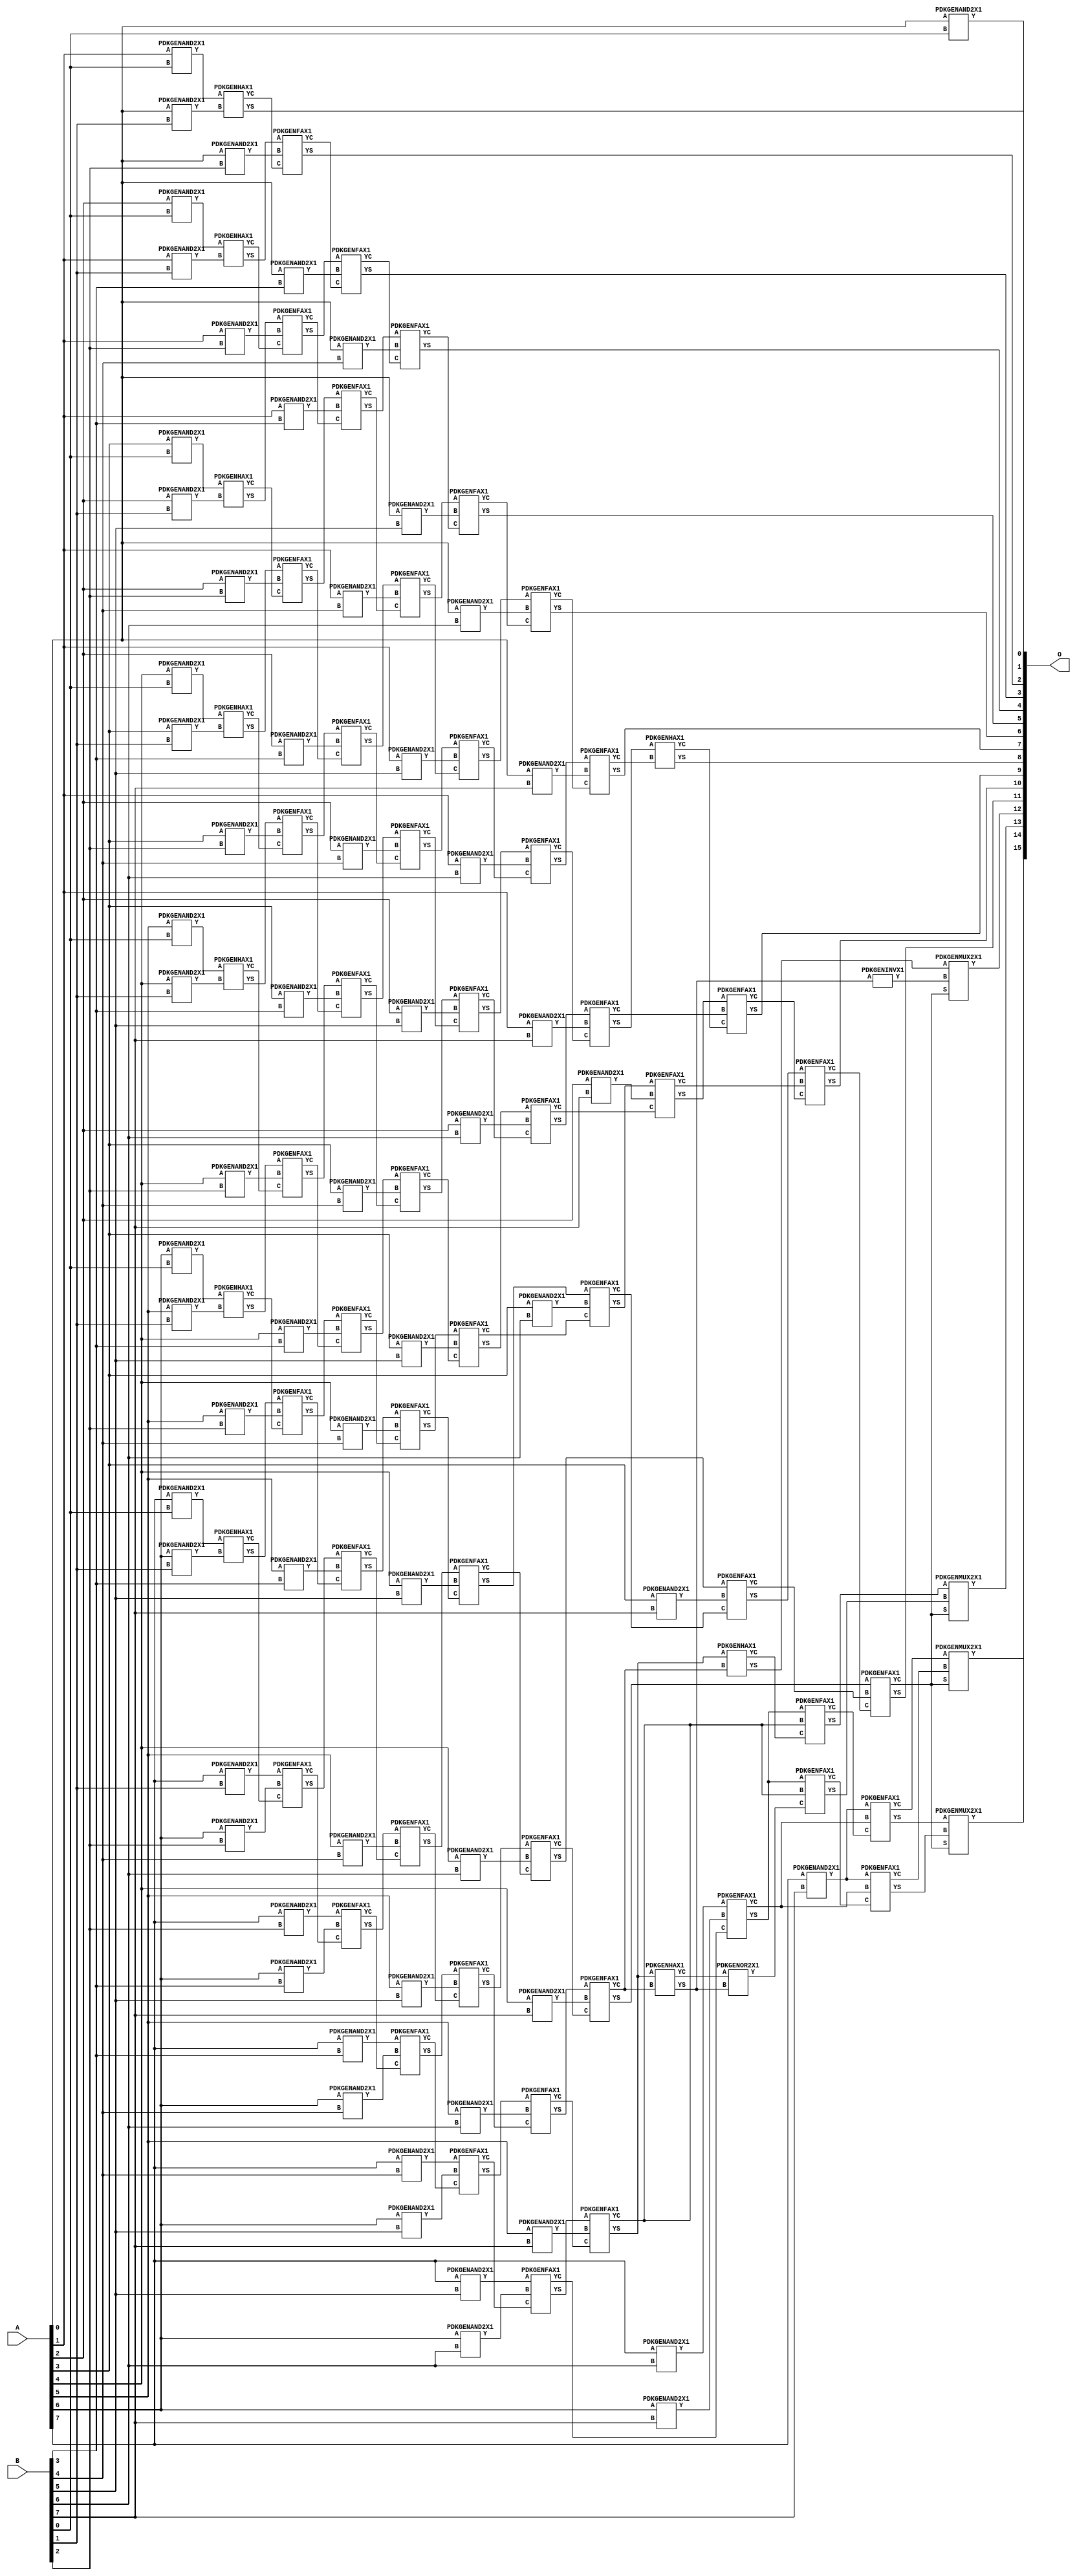
// Library = EvoApprox8b
// Circuit = mul8_CSAM_wt__CSA
// Area   (180) = 8968
// Delay  (180) = 3.280
// Power  (180) = 4746.10
// Area   (45) = 653
// Delay  (45) = 1.210
// Power  (45) = 414.30
// Nodes = 129
// HD = 0
// MAE = 0.00000
// MSE = 0.00000
// MRE = 0.00 %
// WCE = 0
// WCRE = 0 %
// EP = 0.0 %

module mul8_CarrySaveArrayMultiplier_Using_CarrySelectAdder(A, B, O);
  input [7:0] A;
  input [7:0] B;
  output [15:0] O;
  wire [2031:0] N;

  assign N[0] = A[0];
  assign N[1] = A[0];
  assign N[2] = A[1];
  assign N[3] = A[1];
  assign N[4] = A[2];
  assign N[5] = A[2];
  assign N[6] = A[3];
  assign N[7] = A[3];
  assign N[8] = A[4];
  assign N[9] = A[4];
  assign N[10] = A[5];
  assign N[11] = A[5];
  assign N[12] = A[6];
  assign N[13] = A[6];
  assign N[14] = A[7];
  assign N[15] = A[7];
  assign N[16] = B[0];
  assign N[17] = B[0];
  assign N[18] = B[1];
  assign N[19] = B[1];
  assign N[20] = B[2];
  assign N[21] = B[2];
  assign N[22] = B[3];
  assign N[23] = B[3];
  assign N[24] = B[4];
  assign N[25] = B[4];
  assign N[26] = B[5];
  assign N[27] = B[5];
  assign N[28] = B[6];
  assign N[29] = B[6];
  assign N[30] = B[7];
  assign N[31] = B[7];

  PDKGENAND2X1 n32(.A(N[0]), .B(N[16]), .Y(N[32]));
  PDKGENAND2X1 n34(.A(N[2]), .B(N[16]), .Y(N[34]));
  PDKGENAND2X1 n36(.A(N[4]), .B(N[16]), .Y(N[36]));
  PDKGENAND2X1 n38(.A(N[6]), .B(N[16]), .Y(N[38]));
  PDKGENAND2X1 n40(.A(N[8]), .B(N[16]), .Y(N[40]));
  PDKGENAND2X1 n42(.A(N[10]), .B(N[16]), .Y(N[42]));
  PDKGENAND2X1 n44(.A(N[12]), .B(N[16]), .Y(N[44]));
  PDKGENAND2X1 n46(.A(N[14]), .B(N[16]), .Y(N[46]));
  PDKGENAND2X1 n48(.A(N[0]), .B(N[18]), .Y(N[48]));
  PDKGENAND2X1 n50(.A(N[2]), .B(N[18]), .Y(N[50]));
  PDKGENAND2X1 n52(.A(N[4]), .B(N[18]), .Y(N[52]));
  PDKGENAND2X1 n54(.A(N[6]), .B(N[18]), .Y(N[54]));
  PDKGENAND2X1 n56(.A(N[8]), .B(N[18]), .Y(N[56]));
  PDKGENAND2X1 n58(.A(N[10]), .B(N[18]), .Y(N[58]));
  PDKGENAND2X1 n60(.A(N[12]), .B(N[18]), .Y(N[60]));
  PDKGENAND2X1 n62(.A(N[14]), .B(N[18]), .Y(N[62]));
  PDKGENHAX1 n64(.A(N[34]), .B(N[48]), .YS(N[64]), .YC(N[65]));
  PDKGENHAX1 n66(.A(N[36]), .B(N[50]), .YS(N[66]), .YC(N[67]));
  PDKGENHAX1 n68(.A(N[38]), .B(N[52]), .YS(N[68]), .YC(N[69]));
  PDKGENHAX1 n70(.A(N[40]), .B(N[54]), .YS(N[70]), .YC(N[71]));
  PDKGENHAX1 n72(.A(N[42]), .B(N[56]), .YS(N[72]), .YC(N[73]));
  PDKGENHAX1 n74(.A(N[44]), .B(N[58]), .YS(N[74]), .YC(N[75]));
  PDKGENHAX1 n76(.A(N[46]), .B(N[60]), .YS(N[76]), .YC(N[77]));
  PDKGENAND2X1 n78(.A(N[0]), .B(N[20]), .Y(N[78]));
  PDKGENAND2X1 n80(.A(N[2]), .B(N[20]), .Y(N[80]));
  PDKGENAND2X1 n82(.A(N[4]), .B(N[20]), .Y(N[82]));
  PDKGENAND2X1 n84(.A(N[6]), .B(N[20]), .Y(N[84]));
  PDKGENAND2X1 n86(.A(N[8]), .B(N[20]), .Y(N[86]));
  PDKGENAND2X1 n88(.A(N[10]), .B(N[20]), .Y(N[88]));
  PDKGENAND2X1 n90(.A(N[12]), .B(N[20]), .Y(N[90]));
  PDKGENAND2X1 n92(.A(N[14]), .B(N[20]), .Y(N[92]));
  PDKGENFAX1 n94(.A(N[66]), .B(N[78]), .C(N[65]), .YS(N[94]), .YC(N[95]));
  PDKGENFAX1 n96(.A(N[68]), .B(N[80]), .C(N[67]), .YS(N[96]), .YC(N[97]));
  PDKGENFAX1 n98(.A(N[70]), .B(N[82]), .C(N[69]), .YS(N[98]), .YC(N[99]));
  PDKGENFAX1 n100(.A(N[72]), .B(N[84]), .C(N[71]), .YS(N[100]), .YC(N[101]));
  PDKGENFAX1 n102(.A(N[74]), .B(N[86]), .C(N[73]), .YS(N[102]), .YC(N[103]));
  PDKGENFAX1 n104(.A(N[76]), .B(N[88]), .C(N[75]), .YS(N[104]), .YC(N[105]));
  PDKGENFAX1 n106(.A(N[62]), .B(N[90]), .C(N[77]), .YS(N[106]), .YC(N[107]));
  PDKGENAND2X1 n108(.A(N[0]), .B(N[22]), .Y(N[108]));
  PDKGENAND2X1 n110(.A(N[2]), .B(N[22]), .Y(N[110]));
  PDKGENAND2X1 n112(.A(N[4]), .B(N[22]), .Y(N[112]));
  PDKGENAND2X1 n114(.A(N[6]), .B(N[22]), .Y(N[114]));
  PDKGENAND2X1 n116(.A(N[8]), .B(N[22]), .Y(N[116]));
  PDKGENAND2X1 n118(.A(N[10]), .B(N[22]), .Y(N[118]));
  PDKGENAND2X1 n120(.A(N[12]), .B(N[22]), .Y(N[120]));
  PDKGENAND2X1 n122(.A(N[14]), .B(N[22]), .Y(N[122]));
  PDKGENFAX1 n124(.A(N[96]), .B(N[108]), .C(N[95]), .YS(N[124]), .YC(N[125]));
  PDKGENFAX1 n126(.A(N[98]), .B(N[110]), .C(N[97]), .YS(N[126]), .YC(N[127]));
  PDKGENFAX1 n128(.A(N[100]), .B(N[112]), .C(N[99]), .YS(N[128]), .YC(N[129]));
  PDKGENFAX1 n130(.A(N[102]), .B(N[114]), .C(N[101]), .YS(N[130]), .YC(N[131]));
  PDKGENFAX1 n132(.A(N[104]), .B(N[116]), .C(N[103]), .YS(N[132]), .YC(N[133]));
  PDKGENFAX1 n134(.A(N[106]), .B(N[118]), .C(N[105]), .YS(N[134]), .YC(N[135]));
  PDKGENFAX1 n136(.A(N[92]), .B(N[120]), .C(N[107]), .YS(N[136]), .YC(N[137]));
  PDKGENAND2X1 n138(.A(N[0]), .B(N[24]), .Y(N[138]));
  PDKGENAND2X1 n140(.A(N[2]), .B(N[24]), .Y(N[140]));
  PDKGENAND2X1 n142(.A(N[4]), .B(N[24]), .Y(N[142]));
  PDKGENAND2X1 n144(.A(N[6]), .B(N[24]), .Y(N[144]));
  PDKGENAND2X1 n146(.A(N[8]), .B(N[24]), .Y(N[146]));
  PDKGENAND2X1 n148(.A(N[10]), .B(N[24]), .Y(N[148]));
  PDKGENAND2X1 n150(.A(N[12]), .B(N[24]), .Y(N[150]));
  PDKGENAND2X1 n152(.A(N[14]), .B(N[24]), .Y(N[152]));
  PDKGENFAX1 n154(.A(N[126]), .B(N[138]), .C(N[125]), .YS(N[154]), .YC(N[155]));
  PDKGENFAX1 n156(.A(N[128]), .B(N[140]), .C(N[127]), .YS(N[156]), .YC(N[157]));
  PDKGENFAX1 n158(.A(N[130]), .B(N[142]), .C(N[129]), .YS(N[158]), .YC(N[159]));
  PDKGENFAX1 n160(.A(N[132]), .B(N[144]), .C(N[131]), .YS(N[160]), .YC(N[161]));
  PDKGENFAX1 n162(.A(N[134]), .B(N[146]), .C(N[133]), .YS(N[162]), .YC(N[163]));
  PDKGENFAX1 n164(.A(N[136]), .B(N[148]), .C(N[135]), .YS(N[164]), .YC(N[165]));
  PDKGENFAX1 n166(.A(N[122]), .B(N[150]), .C(N[137]), .YS(N[166]), .YC(N[167]));
  PDKGENAND2X1 n168(.A(N[0]), .B(N[26]), .Y(N[168]));
  PDKGENAND2X1 n170(.A(N[2]), .B(N[26]), .Y(N[170]));
  PDKGENAND2X1 n172(.A(N[4]), .B(N[26]), .Y(N[172]));
  PDKGENAND2X1 n174(.A(N[6]), .B(N[26]), .Y(N[174]));
  PDKGENAND2X1 n176(.A(N[8]), .B(N[26]), .Y(N[176]));
  PDKGENAND2X1 n178(.A(N[10]), .B(N[26]), .Y(N[178]));
  PDKGENAND2X1 n180(.A(N[12]), .B(N[26]), .Y(N[180]));
  PDKGENAND2X1 n182(.A(N[14]), .B(N[26]), .Y(N[182]));
  PDKGENFAX1 n184(.A(N[156]), .B(N[168]), .C(N[155]), .YS(N[184]), .YC(N[185]));
  PDKGENFAX1 n186(.A(N[158]), .B(N[170]), .C(N[157]), .YS(N[186]), .YC(N[187]));
  PDKGENFAX1 n188(.A(N[160]), .B(N[172]), .C(N[159]), .YS(N[188]), .YC(N[189]));
  PDKGENFAX1 n190(.A(N[162]), .B(N[174]), .C(N[161]), .YS(N[190]), .YC(N[191]));
  PDKGENFAX1 n192(.A(N[164]), .B(N[176]), .C(N[163]), .YS(N[192]), .YC(N[193]));
  PDKGENFAX1 n194(.A(N[166]), .B(N[178]), .C(N[165]), .YS(N[194]), .YC(N[195]));
  PDKGENFAX1 n196(.A(N[152]), .B(N[180]), .C(N[167]), .YS(N[196]), .YC(N[197]));
  PDKGENAND2X1 n198(.A(N[0]), .B(N[28]), .Y(N[198]));
  PDKGENAND2X1 n200(.A(N[2]), .B(N[28]), .Y(N[200]));
  PDKGENAND2X1 n202(.A(N[4]), .B(N[28]), .Y(N[202]));
  PDKGENAND2X1 n204(.A(N[6]), .B(N[28]), .Y(N[204]));
  PDKGENAND2X1 n206(.A(N[8]), .B(N[28]), .Y(N[206]));
  PDKGENAND2X1 n208(.A(N[10]), .B(N[28]), .Y(N[208]));
  PDKGENAND2X1 n210(.A(N[12]), .B(N[28]), .Y(N[210]));
  PDKGENAND2X1 n212(.A(N[14]), .B(N[28]), .Y(N[212]));
  PDKGENFAX1 n214(.A(N[186]), .B(N[198]), .C(N[185]), .YS(N[214]), .YC(N[215]));
  PDKGENFAX1 n216(.A(N[188]), .B(N[200]), .C(N[187]), .YS(N[216]), .YC(N[217]));
  PDKGENFAX1 n218(.A(N[190]), .B(N[202]), .C(N[189]), .YS(N[218]), .YC(N[219]));
  PDKGENFAX1 n220(.A(N[192]), .B(N[204]), .C(N[191]), .YS(N[220]), .YC(N[221]));
  PDKGENFAX1 n222(.A(N[194]), .B(N[206]), .C(N[193]), .YS(N[222]), .YC(N[223]));
  PDKGENFAX1 n224(.A(N[196]), .B(N[208]), .C(N[195]), .YS(N[224]), .YC(N[225]));
  PDKGENFAX1 n226(.A(N[182]), .B(N[210]), .C(N[197]), .YS(N[226]), .YC(N[227]));
  PDKGENAND2X1 n228(.A(N[0]), .B(N[30]), .Y(N[228]));
  PDKGENAND2X1 n230(.A(N[2]), .B(N[30]), .Y(N[230]));
  PDKGENAND2X1 n232(.A(N[4]), .B(N[30]), .Y(N[232]));
  PDKGENAND2X1 n234(.A(N[6]), .B(N[30]), .Y(N[234]));
  PDKGENAND2X1 n236(.A(N[8]), .B(N[30]), .Y(N[236]));
  PDKGENAND2X1 n238(.A(N[10]), .B(N[30]), .Y(N[238]));
  PDKGENAND2X1 n240(.A(N[12]), .B(N[30]), .Y(N[240]));
  PDKGENAND2X1 n242(.A(N[14]), .B(N[30]), .Y(N[242]));
  PDKGENFAX1 n244(.A(N[216]), .B(N[228]), .C(N[215]), .YS(N[244]), .YC(N[245]));
  PDKGENFAX1 n246(.A(N[218]), .B(N[230]), .C(N[217]), .YS(N[246]), .YC(N[247]));
  PDKGENFAX1 n248(.A(N[220]), .B(N[232]), .C(N[219]), .YS(N[248]), .YC(N[249]));
  PDKGENFAX1 n250(.A(N[222]), .B(N[234]), .C(N[221]), .YS(N[250]), .YC(N[251]));
  PDKGENFAX1 n252(.A(N[224]), .B(N[236]), .C(N[223]), .YS(N[252]), .YC(N[253]));
  PDKGENFAX1 n254(.A(N[226]), .B(N[238]), .C(N[225]), .YS(N[254]), .YC(N[255]));
  PDKGENFAX1 n256(.A(N[212]), .B(N[240]), .C(N[227]), .YS(N[256]), .YC(N[257]));
  PDKGENHAX1 n258(.A(N[246]), .B(N[245]), .YS(N[258]), .YC(N[259]));
  PDKGENFAX1 n260(.A(N[248]), .B(N[247]), .C(N[259]), .YS(N[260]), .YC(N[261]));
  PDKGENFAX1 n262(.A(N[250]), .B(N[249]), .C(N[261]), .YS(N[262]), .YC(N[263]));
  PDKGENFAX1 n264(.A(N[252]), .B(N[251]), .C(N[263]), .YS(N[264]), .YC(N[265]));
  PDKGENHAX1 n266(.A(N[254]), .B(N[253]), .YS(N[266]), .YC(N[267]));
  PDKGENFAX1 n268(.A(N[256]), .B(N[255]), .C(N[267]), .YS(N[268]), .YC(N[269]));
  PDKGENFAX1 n270(.A(N[242]), .B(N[257]), .C(N[269]), .YS(N[270]), .YC(N[271]));
  PDKGENHAX1 n272(.A(N[254]), .B(N[253]), .YS(N[272]), .YC(N[273]));
  PDKGENINVX1 n274(.A(N[272]), .Y(N[274]));
  PDKGENOR2X1 n276(.A(N[273]), .B(N[272]), .Y(N[276]));
  PDKGENFAX1 n278(.A(N[256]), .B(N[255]), .C(N[276]), .YS(N[278]), .YC(N[279]));
  PDKGENFAX1 n280(.A(N[242]), .B(N[257]), .C(N[279]), .YS(N[280]), .YC(N[281]));
  PDKGENMUX2X1 n282(.A(N[266]), .B(N[274]), .S(N[265]), .Y(N[282]));
  PDKGENMUX2X1 n284(.A(N[268]), .B(N[278]), .S(N[265]), .Y(N[284]));
  PDKGENMUX2X1 n286(.A(N[270]), .B(N[280]), .S(N[265]), .Y(N[286]));
  PDKGENMUX2X1 n288(.A(N[271]), .B(N[281]), .S(N[265]), .Y(N[288]));

  assign O[0] = N[32];
  assign O[1] = N[64];
  assign O[2] = N[94];
  assign O[3] = N[124];
  assign O[4] = N[154];
  assign O[5] = N[184];
  assign O[6] = N[214];
  assign O[7] = N[244];
  assign O[8] = N[258];
  assign O[9] = N[260];
  assign O[10] = N[262];
  assign O[11] = N[264];
  assign O[12] = N[282];
  assign O[13] = N[284];
  assign O[14] = N[286];
  assign O[15] = N[288];

endmodule
/* mod */
module PDKGENMUX2X1( input A, input B, input S, output Y );
    assign Y = (A & ~S) | (B & S);
endmodule
/* mod */
module PDKGENHAX1( input A, input B, output YS, output YC );
    assign YS = A ^ B;
    assign YC = A & B;
endmodule
/* mod */
module PDKGENOR2X1(input A, input B, output Y );
     assign Y = A | B;
endmodule
/* mod */
module PDKGENAND2X1(input A, input B, output Y );
     assign Y = A & B;
endmodule
/* mod */
module PDKGENINVX1(input A, output Y );
     assign Y = ~A;
endmodule
/* mod */
module PDKGENFAX1( input A, input B, input C, output YS, output YC );
    assign YS = (A ^ B) ^ C;
    assign YC = (A & B) | (B & C) | (A & C);
endmodule